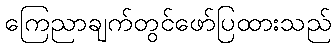
ကြေညာချက်တွင်ဖော်ပြထားသည်